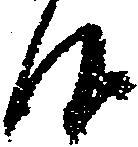
候